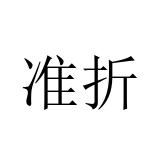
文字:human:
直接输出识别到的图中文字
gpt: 准折